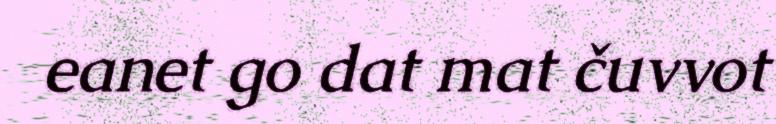
eanet go dat mat čuvvot